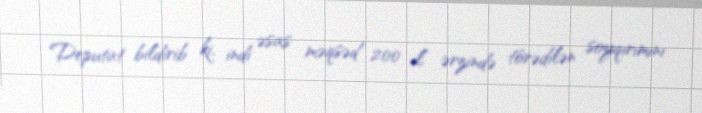
Deputat bildirib ki, indi əsas məqsəd 200 il ərzində törədilən soyqırımını